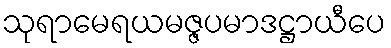
သုရာမေရယမဇ္ဇပမာဒဋ္ဌာယီပေ